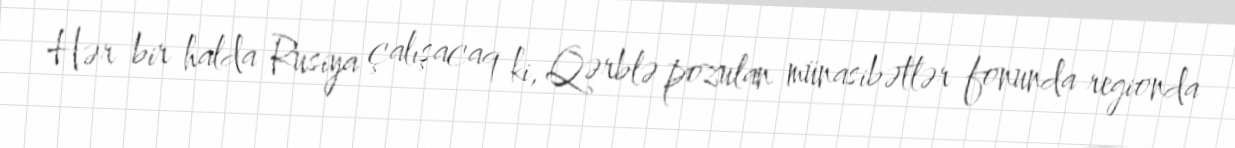
Hər bir halda Rusiya çalışacaq ki, Qərblə pozulan münasibətlər fonunda regionda